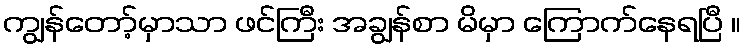
ကျွန်တော့်မှာသာ ဖင်ကြီး အချွန်စာ မိမှာ ကြောက်နေရပြီ ။